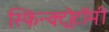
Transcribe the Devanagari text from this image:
स्फिन्क्ट्रोटॉमी